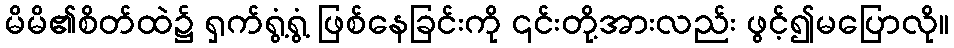
မိမိ၏စိတ်ထဲ၌ ရှက်ရွံ့ရွံ့ ဖြစ်နေခြင်းကို ၎င်းတို့အားလည်း ဖွင့်၍မပြောလို။